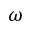
\omega